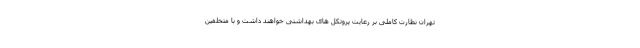
تهران نظارت کاملی بر رعایت پروتکل های بهداشتی خواهند داشت و با متخلفین